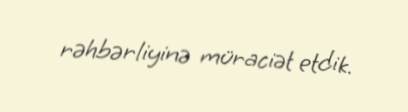
rəhbərliyinə müraciət etdik.